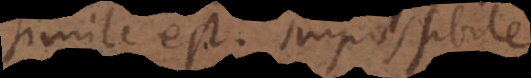
simile est. Impossibile